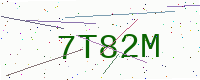
Text: 7T82M